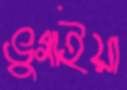
ভুগাইয়া